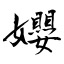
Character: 孆